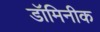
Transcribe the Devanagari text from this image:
डॉमिनीक